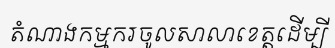
តំណាងកម្មករចូលសាលាខេត្តដើម្បី